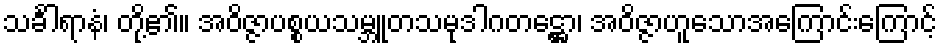
သင်္ခါရာနံ၊ တို့၏။ အဝိဇ္ဇာပစ္စယသမ္ဘူတသမုဒါဂတဋ္ဌော၊ အဝိဇ္ဇာဟူသောအကြောင်းကြောင့်